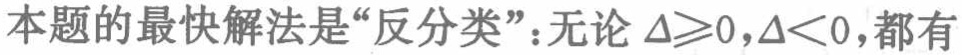
本题的最快解法是“反分类”：无论\(\Delta\geqslant0,\Delta<0\)，都有